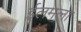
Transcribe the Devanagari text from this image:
ईलमला